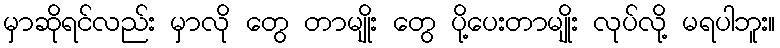
မှာဆိုရင်လည်း မှာလို တွေ တာမျိုး တွေ ပို့ပေးတာမျိုး လုပ်လို့ မရပါဘူး။